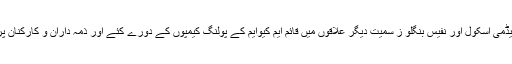
ڈاکٹر فاروق ستار نے شاد مان ٹائون یوسی 6،جعفرطیار ، عمار یاسر فیز ون ، سن رائز چلڈرن اکیڈمی اسکول اور نفیس بنگلو ز سمیت دیگر علاقوں میں قائم ایم کیوایم کے پولنگ کیمپوں کے دورے کئے اور ذمہ داران و کارکنان پر زور دیا کہ وہ پولنگ سے قبل ووٹروں کو گھروں سے نکالیں اور ایک ایک ووٹ کاسٹ کرائیں ۔